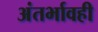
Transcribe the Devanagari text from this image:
अंतर्भावही